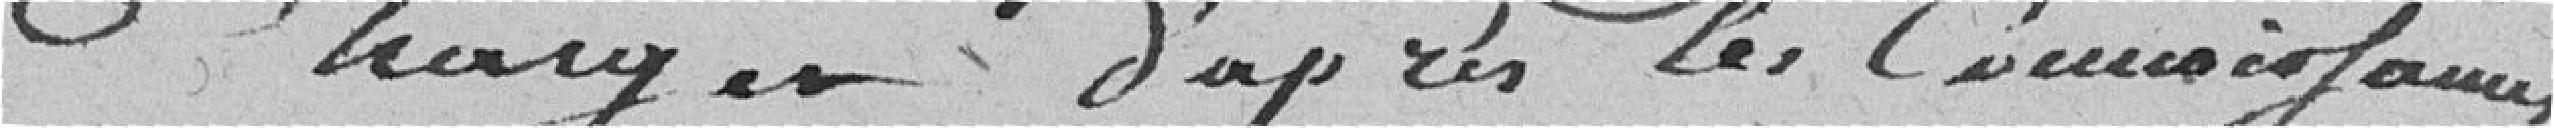
charger d'après les connaissances